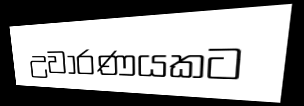
උවාරණයකට